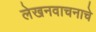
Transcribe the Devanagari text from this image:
लेखनवाचनाचे